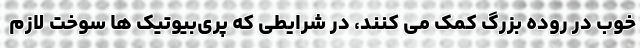
خوب در روده بزرگ کمک می کنند، در شرایطی که پری‌بیوتیک ها سوخت لازم